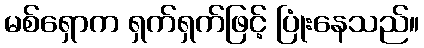
မစ်ရှောက ရှက်ရှက်ဖြင့် ပြုံးနေသည်။